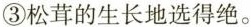
③松茸的生长地选得绝。